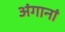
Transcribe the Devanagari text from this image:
अंगानां